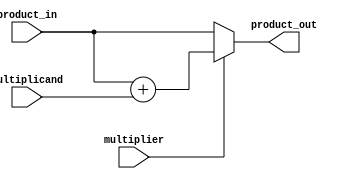
module mul_stage (
    input multiplier,
    input  signed [63:0] multiplicand,
    input signed [63:0] product_in,
    output reg signed [63:0] product_out
);
    always @(*) begin
        if (multiplier)
            product_out = product_in + multiplicand;
        else
            product_out = product_in;
    end
endmodule